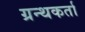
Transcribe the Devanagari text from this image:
ग्रन्थकर्ता